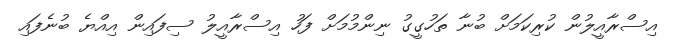
އިސްރާއީލުން ކުރިކަމަށް ބުނާ ތަހުގީގު ނިންމުމަށް ފަހު އިސްރާއީލު ސިފައިން އިއްޔެ ބުނެފައި